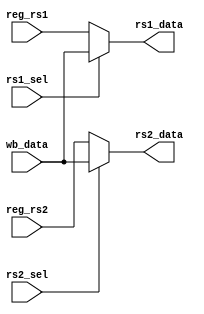
module forward_sel (
    input rs1_sel,
    input rs2_sel,
    input [31:0] wb_data,
    input [31:0] reg_rs1,
    input [31:0] reg_rs2,
    output [31:0] rs1_data,
    output [31:0] rs2_data
);

    assign rs1_data = rs1_sel ? wb_data : reg_rs1;
    assign rs2_data = rs2_sel ? wb_data : reg_rs2;

endmodule